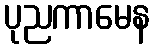
ပုညကာမေန